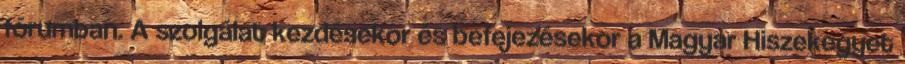
fórumban. A szolgálat kezdésekor és befejezésekor a Magyar Hiszekegyet